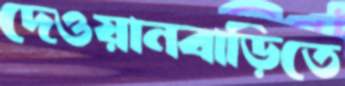
দেওয়ানবাড়িতে